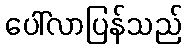
ပေါ်လာပြန်သည်